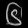
Digit: ၆